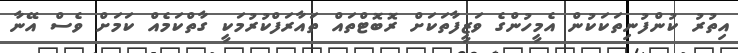
އިތުރު ކުންފުނިތަކަކުން އެމީހުންގެ ވަޒީފާތަކަށް ރޮބޮޓްތައް ތައާރަފްކުރުމަކީ ގާތްކަމެއް ކަމަށް ވެސް އޭނާ